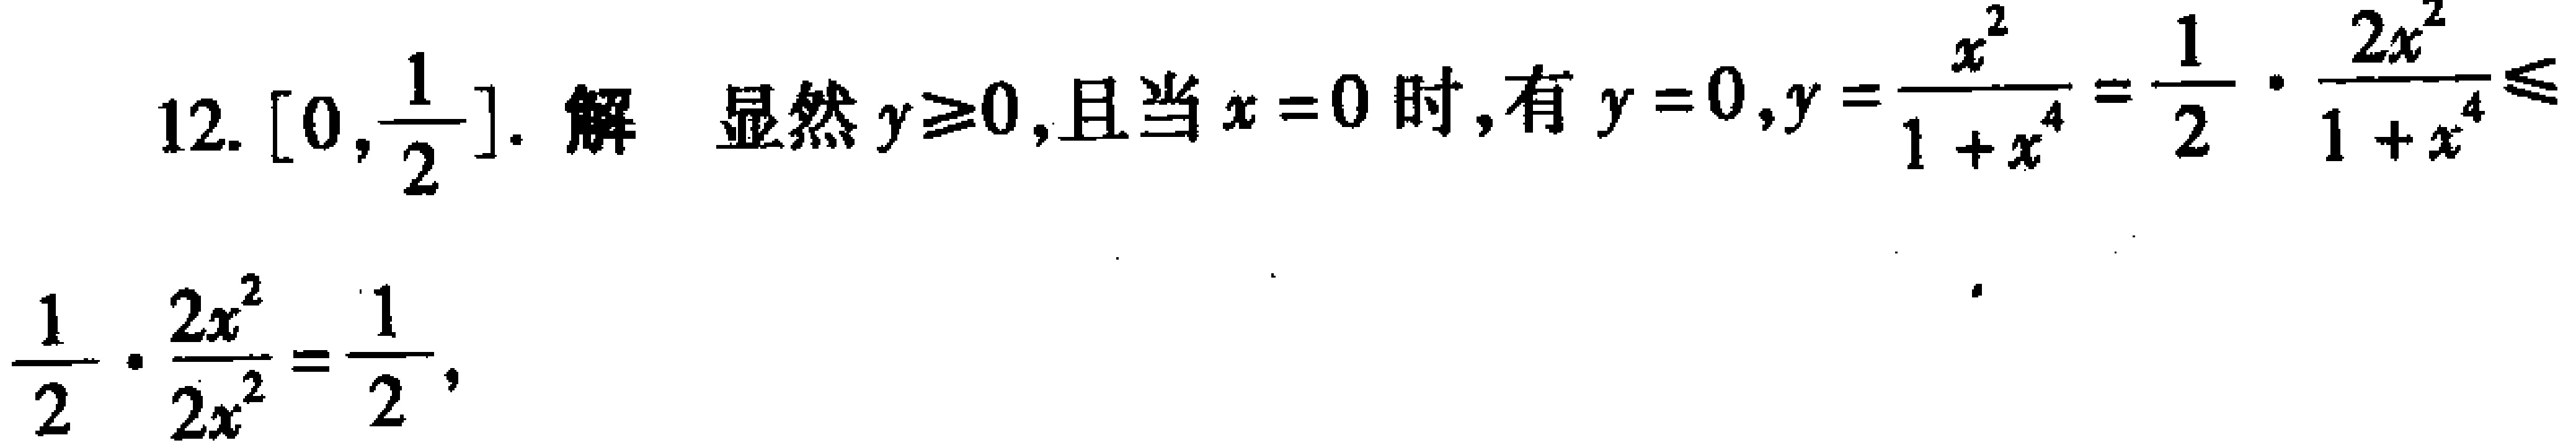
12. $\left[0,\frac{1}{2}\right]$. 解 显然$y\geq0$,且当$x = 0$时,有$y = 0$,$y=\frac{x^{2}}{1 + x^{4}}=\frac{1}{2}\cdot\frac{2x^{2}}{1 + x^{4}}\leq\frac{1}{2}\cdot\frac{2x^{2}}{2x^{2}}=\frac{1}{2}$,